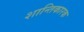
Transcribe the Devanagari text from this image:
शान्तिकारक